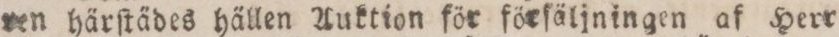
ren härſtädes hällen Auktion för förſäljningen af Herr